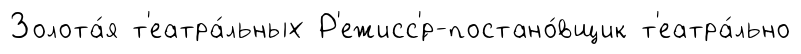
Золота́я т'еатра́льных Р'ежисс'́р-постано́вщик т'еатра́льно